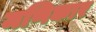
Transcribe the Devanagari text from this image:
मणिकार